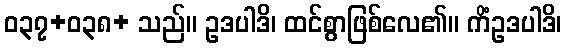
ဝ၃၇+ဝ၃၈+ သည်။ ဥဒပါဒိ၊ ထင်စွာဖြစ်လေ၏။ ကိံဥဒပါဒိ၊